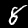
Digit: 8